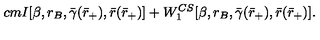
\hspace { 2 c m } I [ \beta , r _ { B } , \bar { \gamma } ( \bar { r } _ { + } ) , \bar { r } ( \bar { r } _ { + } ) ] + W _ { 1 } ^ { C S } [ \beta , r _ { B } , \bar { \gamma } ( \bar { r } _ { + } ) , \bar { r } ( \bar { r } _ { + } ) ] .